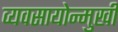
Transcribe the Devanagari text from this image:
व्यवसायोन्मुखी